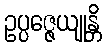
ဥပ္ပဇ္ဇေယျုန္တိ